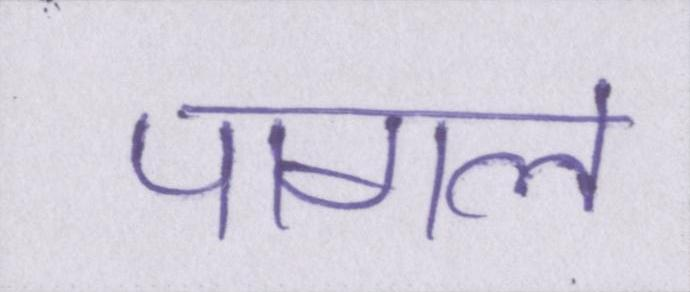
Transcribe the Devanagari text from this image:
पागल